system: You are a helpful assistant.
user:
Analyze the provided spectrum to determine if it is a **Carbon Star (C-type)**.

- **Key Visual Indicators of Carbon Star:**
    - **(Primary):** Strong molecular absorption from **C₂ (diatomic carbon) "Swan Bands."** This is the **defining feature** of a carbon star.
        - **(Key Bandheads):** Sharp absorption edges are visible at approximately $5635$ Å, $5165$ Å (the strongest band), and $4737$ Å.
        - **(Line Profile):** Creates a distinct **"saw-tooth"** pattern. The key morphology is a sharp, steep bandhead on the **red (long-wavelength) side**, which then gradually tapers off (i.e., flux recovers) towards the **blue (short-wavelength) side**. *(This is the direct opposite of the TiO bands seen in M-type stars)*.

    - **(Secondary):** Intense **CN (cyanogen)** molecular absorption bands.
        - **(Key Bandheads):** Located in the blue and violet regions of the spectrum (e.g., near $4215$ Å and $3883$ Å).
        - **(Morphology):** These bands are extremely broad and act as a "blanket," absorbing the vast majority of blue and violet light. This creates a characteristic **"cliff"** or **"steep drop-off"** in the spectrum's flux at short wavelengths.

    - **(Key Confirmation):** Strong **CH absorption band (G-band)**.
        - **(Key Bandhead):** Located around $4300$ Å. The contribution from CH molecules to this band is exceptionally strong.

    - **(Overall Spectrum):**
        - The continuum is severely "chopped up" by these deep molecular bands, especially C₂, rather than appearing as a smooth curve.
        - Due to the heavy CN and C₂ absorption in the blue-green, the vast majority of the star's flux is concentrated in the red part of the spectrum, giving the star its characteristic deep red color.

Think first, call **spectral_visualization_tool** if needed to examine features in detail, then provide your final answer. Your response must adhere to the following strict rules:
1.  **Overall Structure:** Your response must follow the format `<think>...</think> <tool_call>...</tool_call> (if a tool is used) <answer>...</answer>`.
2.  **Tool Usage Constraint:** You may only make **one** tool call per turn.
3.  **Final Answer Format:** In the `<answer>` tag, your conclusion must be inside a `\boxed{}` command (e.g., `\boxed{YES}`), followed by your justification.

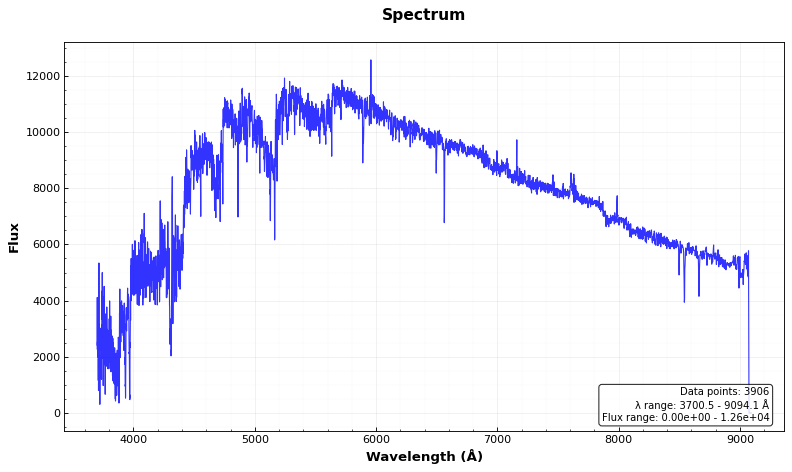
Answer: YES